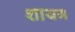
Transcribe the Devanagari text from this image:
शायग